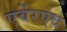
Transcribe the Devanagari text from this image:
एर्वेरएव